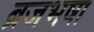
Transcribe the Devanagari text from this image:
ब्रजभषा